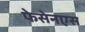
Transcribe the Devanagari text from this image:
फेसेनएस